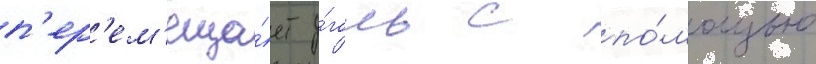
п'ер'ем'еща́ет у́голь с по́мощью